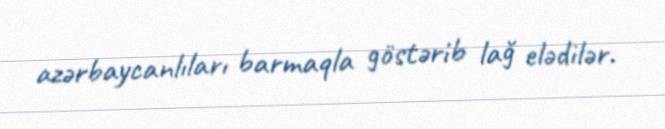
azərbaycanlıları barmaqla göstərib lağ elədilər.